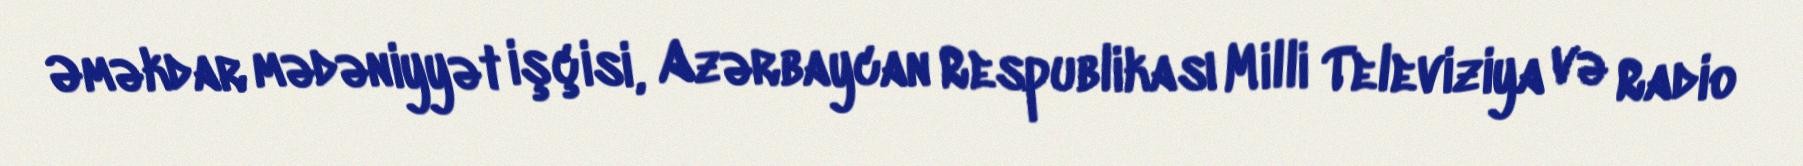
Əməkdar mədəniyyət işçisi, Azərbaycan Respublikası Milli Televiziya və Radio